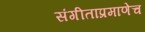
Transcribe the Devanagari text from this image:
संगीताप्रमाणेच